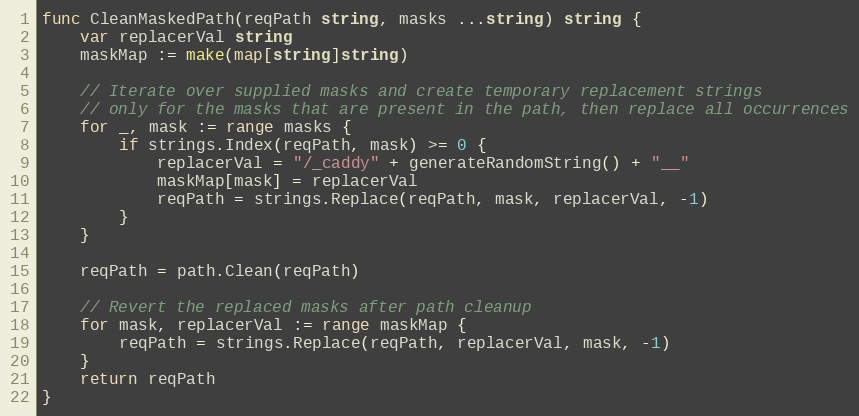
Language: Go
func CleanMaskedPath(reqPath string, masks ...string) string {
	var replacerVal string
	maskMap := make(map[string]string)

	// Iterate over supplied masks and create temporary replacement strings
	// only for the masks that are present in the path, then replace all occurrences
	for _, mask := range masks {
		if strings.Index(reqPath, mask) >= 0 {
			replacerVal = "/_caddy" + generateRandomString() + "__"
			maskMap[mask] = replacerVal
			reqPath = strings.Replace(reqPath, mask, replacerVal, -1)
		}
	}

	reqPath = path.Clean(reqPath)

	// Revert the replaced masks after path cleanup
	for mask, replacerVal := range maskMap {
		reqPath = strings.Replace(reqPath, replacerVal, mask, -1)
	}
	return reqPath
}